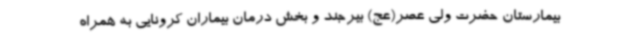
بیمارستان حضرت ولی عصر(عج) بیرجند و بخش درمان بیماران کرونایی به همراه